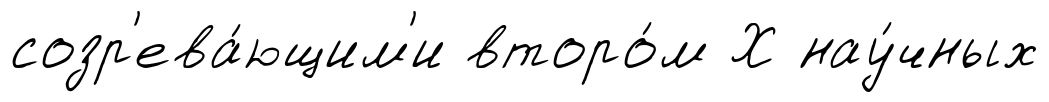
созр'ева́ющим'и второ́м Х нау́чных